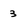
Character: 3